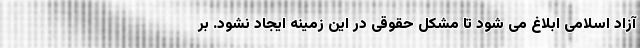
آزاد اسلامی ابلاغ می شود تا مشکل حقوقی در این زمینه ایجاد نشود. بر